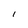
Character: l